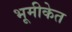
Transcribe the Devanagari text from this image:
भूमीकेत